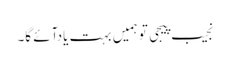
نجیب پیجی تو ہمیں بہت یادآئے گا۔